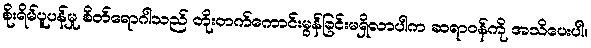
စိုးရိမ်ပူပန်မှု စိတ်ရောဂါသည် တိုးတက်ကောင်းမွန်ခြင်းမရှိလာပါက ဆရာဝန်ကို အသိပေးပါ။